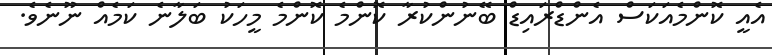
އެއީ ކޮންމެއަކަސް އެންޑްރައިޑް ބޭނުންކުރާ ކޮންމެ ކޮންމެ މީހަކު ބަލާނެ ކަމެއް ނޫނެވެ.